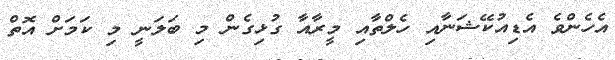
އެހެންވެ އެޑިއުކޭޝަނާއި ހެލްތާއި މީރާއާ ގުޅިގެން މި ބަލަނީ މި ކަމަށް އޮތް